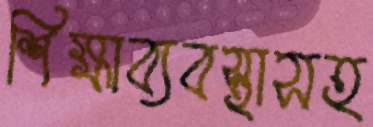
শিক্ষাব্যবস্থাসহ